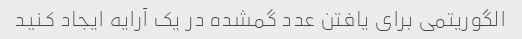
الگوریتمی برای یافتن عدد گمشده در یک آرایه ایجاد کنید